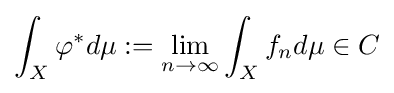
\int _{X}\varphi ^{*}d\mu :=\lim _{n\to \infty }\int _{X}f_{n}d\mu \in C